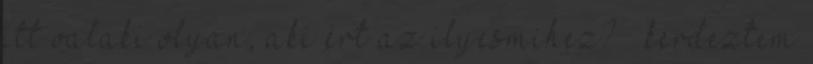
itt valaki olyan, aki ért az ilyesmihez? – kérdeztem